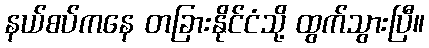
နယ်စပ်ကနေ တခြားနိုင်ငံသို့ ထွက်သွားပြီ။